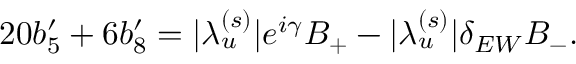
2 0 b _ { 5 } ^ { \prime } + 6 b _ { 8 } ^ { \prime } = | \lambda _ { u } ^ { ( s ) } | e ^ { i \gamma } B _ { + } - | \lambda _ { u } ^ { ( s ) } | \delta _ { E W } B _ { - } .